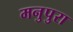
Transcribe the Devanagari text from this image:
मनुपुरा